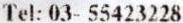
TEL: 03- 55423228